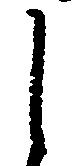
し